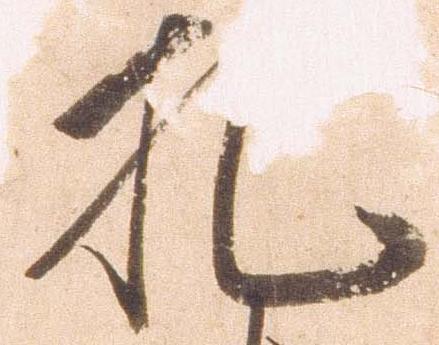
札